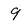
Character: 9